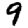
Digit: 9